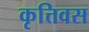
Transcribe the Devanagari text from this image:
कृत्तिवस